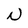
Character: N